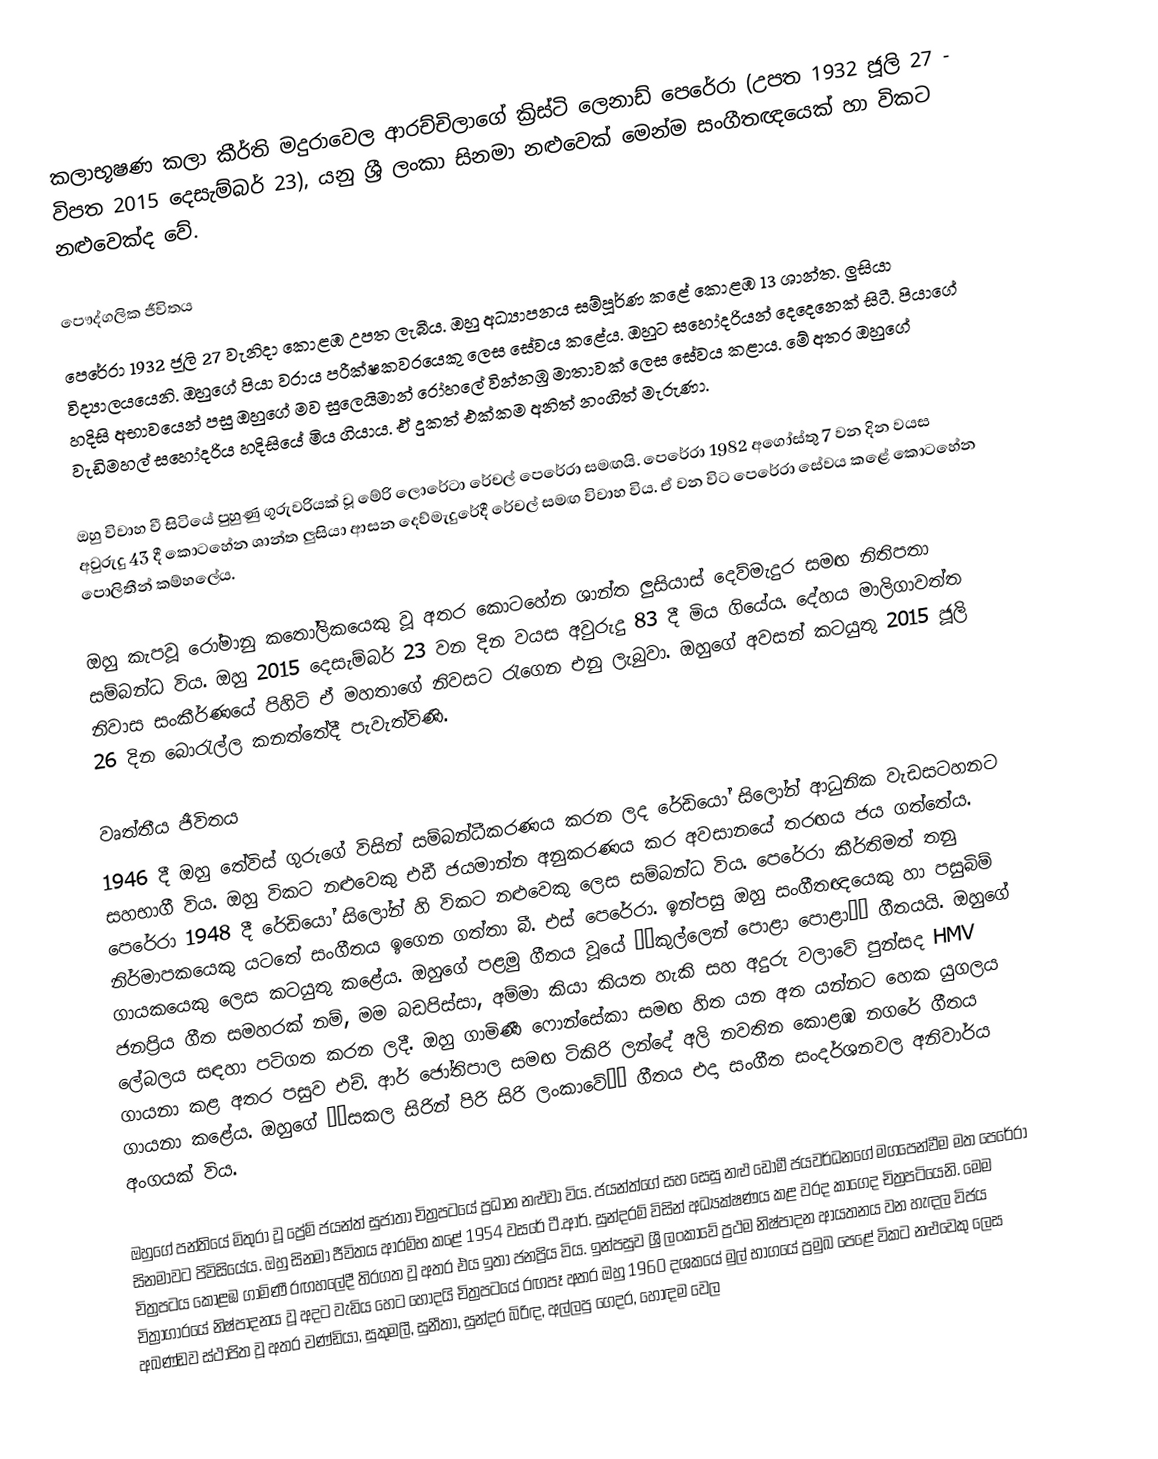
කලාභූෂණ කලා කීර්ති මදුරාවෙල ආරච්චිලාගේ ක්‍රිස්ටි ලෙනාඩ් පෙරේරා (උපත 1932 ජූලි 27 - විපත 2015 දෙසැම්බර් 23), යනු ශ්‍රී ලංකා සිනමා නළුවෙක් මෙන්ම සංගීතඥයෙක් හා විකට නළුවෙක්ද වේ.

පෞද්ගලික ජීවිතය
පෙරේරා 1932 ජූලි 27 වැනිදා කොළඹ උපත ලැබීය. ඔහු අධ්‍යාපනය සම්පූර්ණ කළේ කොළඹ 13 ශාන්ත. ලුසියා විද්‍යාලයයෙනි. ඔහුගේ පියා වරාය පරීක්ෂකවරයෙකු ලෙස සේවය කළේය. ඔහුට සහෝදරියන් දෙදෙනෙක් සිටී. පියාගේ හදිසි අභාවයෙන් පසු ඔහුගේ මව සුලෙයිමාන් රෝහලේ වින්නඹු මාතාවක් ලෙස සේවය කළාය. මේ අතර ඔහුගේ වැඩිමහල් සහෝදරිය හදිසියේ මිය ගියාය. ඒ දුකත් එක්කම අනිත් නංගිත් මැරුණා.

ඔහු විවාහ වී සිටියේ පුහුණු ගුරුවරියක් වූ මේරි ලොරේටා රේචල් පෙරේරා සමඟයි. පෙරේරා 1982 අගෝස්තු 7 වන දින වයස අවුරුදු 43 දී කොටහේන ශාන්ත ලුසියා ආසන දෙව්මැදුරේදී රේචල් සමඟ විවාහ විය. ඒ වන විට පෙරේරා සේවය කළේ කොටහේන පොලිතීන් කම්හලේය.

ඔහු කැපවූ රෝමානු කතෝලිකයෙකු වූ අතර කොටහේන ශාන්ත ලුසියාස් දෙව්මැදුර සමඟ නිතිපතා සම්බන්ධ විය. ඔහු 2015 දෙසැම්බර් 23 වන දින වයස අවුරුදු 83 දී මිය ගියේය. දේහය මාලිගාවත්ත නිවාස සංකීර්ණයේ පිහිටි ඒ මහතාගේ නිවසට රැගෙන එනු ලැබුවා. ඔහුගේ අවසන් කටයුතු 2015 ජූලි 26 දින බොරැල්ල කනත්තේදී පැවැත්විණි.

වෘත්තීය ජීවිතය
1946 දී ඔහු තේවිස් ගුරුගේ විසින් සම්බන්ධීකරණය කරන ලද රේඩියෝ සිලෝන් ආධුනික වැඩසටහනට සහභාගී විය. ඔහු විකට නළුවෙකු එඩී ජයමාන්න අනුකරණය කර අවසානයේ තරඟය ජය ගත්තේය. පෙරේරා 1948 දී රේඩියෝ සිලෝන් හි විකට නළුවෙකු ලෙස සම්බන්ධ විය. පෙරේරා කීර්තිමත් තනු නිර්මාපකයෙකු යටතේ සංගීතය ඉගෙන ගත්තා බී. එස් පෙරේරා. ඉන්පසු ඔහු සංගීතඥයෙකු හා පසුබිම් ගායකයෙකු ලෙස කටයුතු කළේය. ඔහුගේ පළමු ගීතය වූයේ ‘‘කුල්ලෙන් පොළා පොළා’’ ගීතයයි. ඔහුගේ ජනප්‍රිය ගීත සමහරක් නම්, මම බඩපිස්සා, අම්මා කියා කියත හැකි සහ අදුරු වලාවේ පුන්සද HMV ලේබලය සඳහා පටිගත කරන ලදී. ඔහු ගාමිණී ෆොන්සේකා සමඟ හිත යන අත යන්නට හෙක යුගලය ගායනා කළ අතර පසුව එච්. ආර් ජෝතිපාල සමඟ ටිකිරි ලන්දේ අලි නවතින කොළඹ නගරේ ගීතය ගායනා කළේය. ඔහුගේ ‘‘සකල සිරින් පිරි සිරි ලංකාවේ’’ ගීතය එදා සංගීත සංදර්ශනවල අනිවාර්ය අංගයක් විය.

ඔහුගේ පන්තියේ මිතුරා වූ ප්‍රේම් ජයන්ත් සුජාතා චිත්‍රපටයේ ප්‍රධාන නළුවා විය. ජයන්ත්ගේ සහ සෙසු නළු ඩොමී ජයවර්ධනගේ මගපෙන්වීම මත පෙරේරා සිනමාවට පිවිසියේය. ඔහු සිනමා ජීවිතය ආරම්භ කළේ 1954 වසරේ ටී.ආර්. සුන්දරම් විසින් අධ්‍යක්ෂණය කළ වරද කාගෙද චිත්‍රපටියෙනි. මෙම චිත්‍රපටය කොළඹ ගාමිණී රඟහලේදී තිරගත වූ අතර එය ඉතා ජනප්‍රිය විය. ඉන්පසුව ශ්‍රී ලංකාවේ ප්‍රථම නිෂ්පාදන ආයතනය වන හැඳල විජය චිත්‍රාගාරයේ නිෂ්පාදනය වූ අදට වැඩිය හෙට හොදයි චිත්‍රපටයේ රඟපෑ අතර ඔහු 1960 දශකයේ මුල් භාගයේ ප්‍රමුඛ පෙළේ විකට නළුවෙකු ලෙස අඛණ්ඩව ස්ථාපිත වූ අතර චණ්ඩියා, සුකුමලී, සුනීතා, සුන්දර බිරිඳ, අල්ලපු ගෙදර, හොඳම වෙල